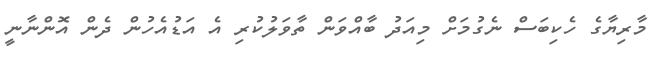
މާރިޔާގެ ހެކިބަސް ނެގުމަށް މިއަދު ބާއްވަން ތާވަލުކުރި އެ އަޑުއެހުން ދެން އޮންނާނީ